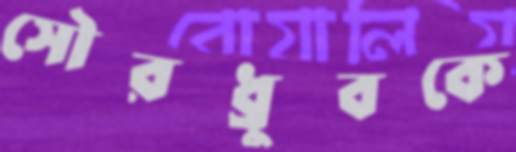
সৌরধ্রুবকে